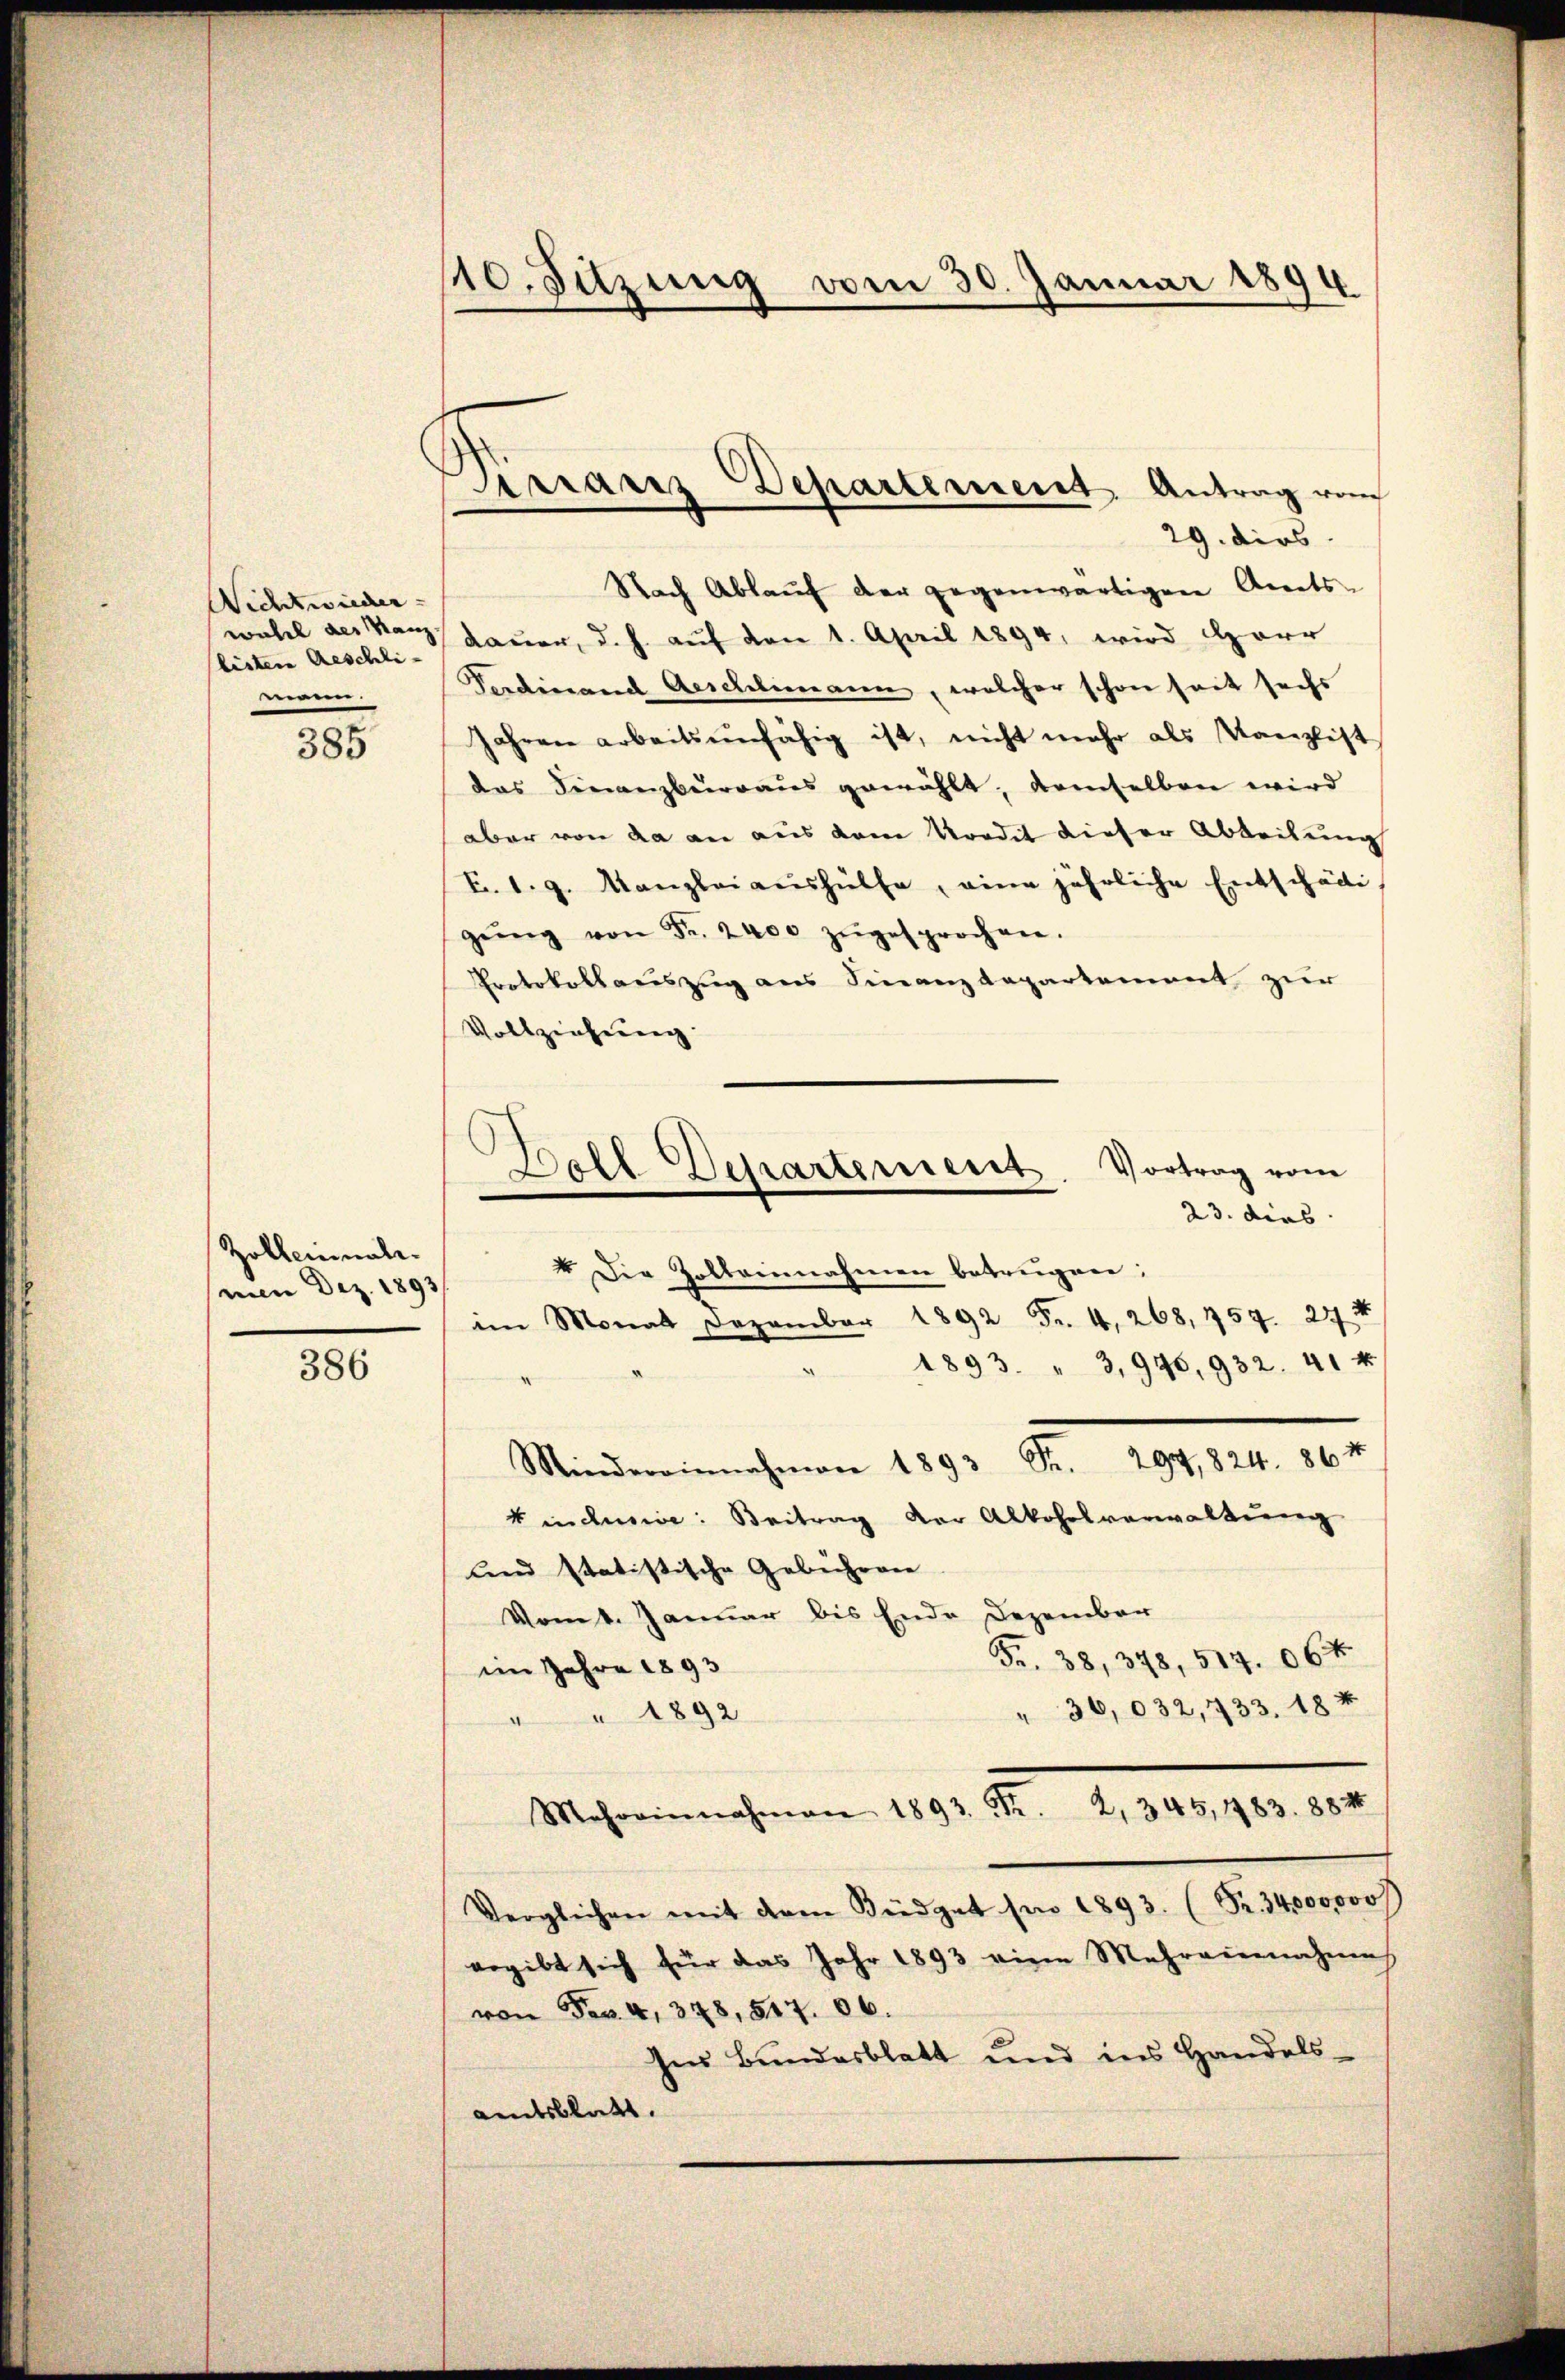
Wicht wieder-
lister Aeschli-
mann.

385

Zolleminali.
men Dez. 1893/

386

110. Sitzung vom 30. Januar 1894

Nach Ablauf der gegenwärtigen Amts-
wahl des Manz Dauer, d. h. auf den 1. April 1894, wird Herr
Ferdinand Aeschlimann, welcher schon seit sechs
Jahren arbeitsunfähig ist, nicht mehr als Kanzlist
das Finanzbürraus gewählt, demselben wird
aber von da an aus dem Vordet dieser Abteilung
F. 1. g. Kanzleiaŭshülfe, eine jährliche Entschädigŭng von Fr. 2400 zŭgesprochen.
Protokollauszug aus Finanzdepartement zur
Vollziehung.
im Monat Dezember 1892 Fr. 4, 268, 454. 244
1893. " 3,976, 932. 41 k
Mindereinnahmen 1893 Fr. 294,824. 864
kindsie: Beitrag der Alkoholverwaltung
und statistische Gebühren
Vom 1. Januar bis Ende Dezember
Fr. 38, 348, 514. 064
im Jahre 1893
" 36,032, 733. 184
" 1892
Mehreinnahmen 1893. Fr. 2, 345, 483. 884
Verglichen mit dem Büdget hin 1893. (Fr. 34,000000 F
ergibt sich für das Jahr 1893 eine Mehreinnahmes
von Fr. 4, 378, 547. 06.
hes Bundesblatt und ins Handels-
amtsblatt.

Tirranz Departement Antrag vom
29. dies

Boll Departement. Vortrag vom
23. dies
4 Die Zolbeinnahmen betrügen: